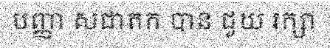
បញ្ញា សជាតក បាន ជួយ រក្សា